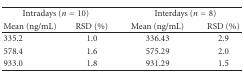
<table><thead><tr><td colspan="2"><b>Intradays (<i>n</i> = 10)</b></td><td colspan="2"><b>Interdays (<i>n</i> = 8)</b></td></tr><tr><td><b>Mean (ng/mL)</b></td><td><b>RSD (%)</b></td><td><b>Mean (ng/mL)</b></td><td><b>RSD (%)</b></td></tr></thead><tbody><tr><td>335.2</td><td>1.0</td><td>336.43</td><td>2.9</td></tr><tr><td>578.4</td><td>1.6</td><td>575.29</td><td>2.0</td></tr><tr><td>933.0</td><td>1.8</td><td>931.29</td><td>1.5</td></tr></tbody></table>